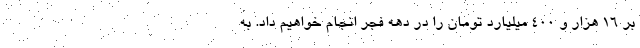
بر ۱۶ هزار و ۴۰۰ میلیارد تومان را در دهه فجر انجام خواهیم داد. به